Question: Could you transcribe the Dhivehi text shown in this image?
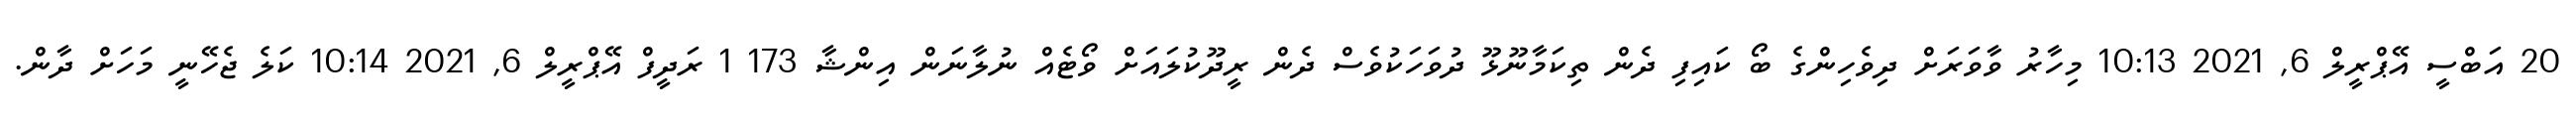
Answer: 20 އަބްސީ އޭޕްރީލް 6, 2021 10:13 މިހާރު ވާވަރަށް ދިވެހިންގެ ބޯ ކައިފި ދެން ތިކަމާނޫޅޫ ދުވަހަކުވެސް ދެން ރީދޫކުލައަށް ވޯޓެއް ނުލާނަން އިންޝާ 173 1 ރަދީފް އޭޕްރީލް 6, 2021 10:14 ކަލެ ޖެހޭނީ މަހަށް ދާން.